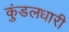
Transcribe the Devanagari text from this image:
कुंडलधारी